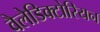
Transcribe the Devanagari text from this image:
वैलेडिक्टोरियन